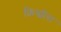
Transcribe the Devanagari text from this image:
फ्रिस्बीस